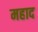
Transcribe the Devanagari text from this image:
महाद